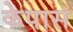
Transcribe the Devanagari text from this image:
केपास